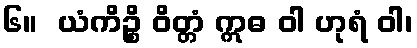
၆။  ယံကိဉ္စိ ဝိတ္တံ ဣဓ ဝါ ဟုရံ ဝါ၊